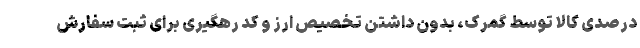
درصدی کالا توسط گمرک، بدون داشتن تخصیص ارز و کد رهگیری برای ثبت‌ سفارش